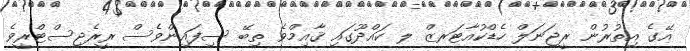
އޭގެ އިތުރުން ރީޖަނަލް ހެޑްކުއާޓަރޒް ލ ކައްދޫގައި ޤާއިމްވެ ތިބޭ ސިފައިންވެސް ރީރެޖިސްޓްރީވެ